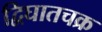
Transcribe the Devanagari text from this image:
द्विघातचक्र